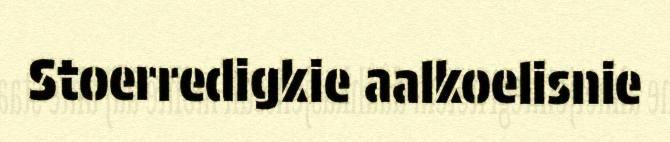
Stoerredigkie aalkoelisnie